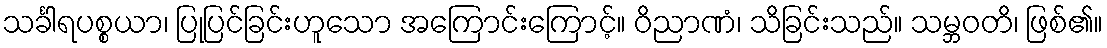
သင်္ခါရပစ္စယာ၊ ပြုပြင်ခြင်းဟူသော အကြောင်းကြောင့်။ ဝိညာဏံ၊ သိခြင်းသည်။ သမ္ဘဝတိ၊ ဖြစ်၏။